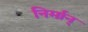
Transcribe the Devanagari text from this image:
निर्मान्